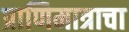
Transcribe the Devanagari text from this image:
प्राणिमात्राचा